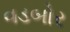
વડબોર